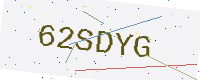
Text: 62SDYG